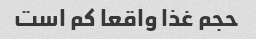
حجم غذا واقعا کم است